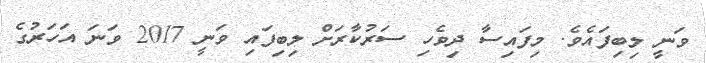
ވަނީ ލިބިފައެވެ. މިފައިސާ ދިވެހި ސަރުކާރަށް ލިބިފައި ވަނީ 2017 ވަނަ އަހަރުގެ